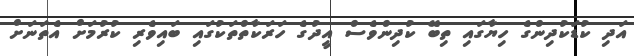
އަދި ކުޑަކުދިންގެ ހިޔާގައި ތިބޭ ކުދިންވެސް އީދުގެ ހަރަކާތްތަކުގައި ބައިވެރި ކުރުމަށް އެތަނަށް